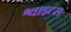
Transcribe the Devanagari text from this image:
श्वाइत्स